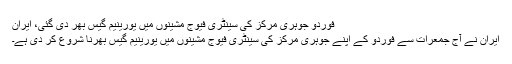
فوردو جوہری مرکز کی سینٹری فیوج مشینوں میں یورینیم گیس بھر دی گئی، ایران
ایران نے آج جمعرات سے فوردو کے اپنے جوہری مرکز کی سینٹری فیوج مشینوں میں یورینیم گیس بھرنا شروع کر دی ہے۔